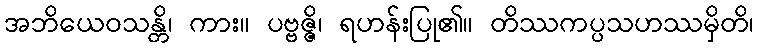
အဘိယေဝသန္တိ၊ ကား။ ပဗ္ဗဇ္ဇိ၊ ရဟန်းပြု၏။ တိဿကပ္ပသဟဿမှိတိ၊